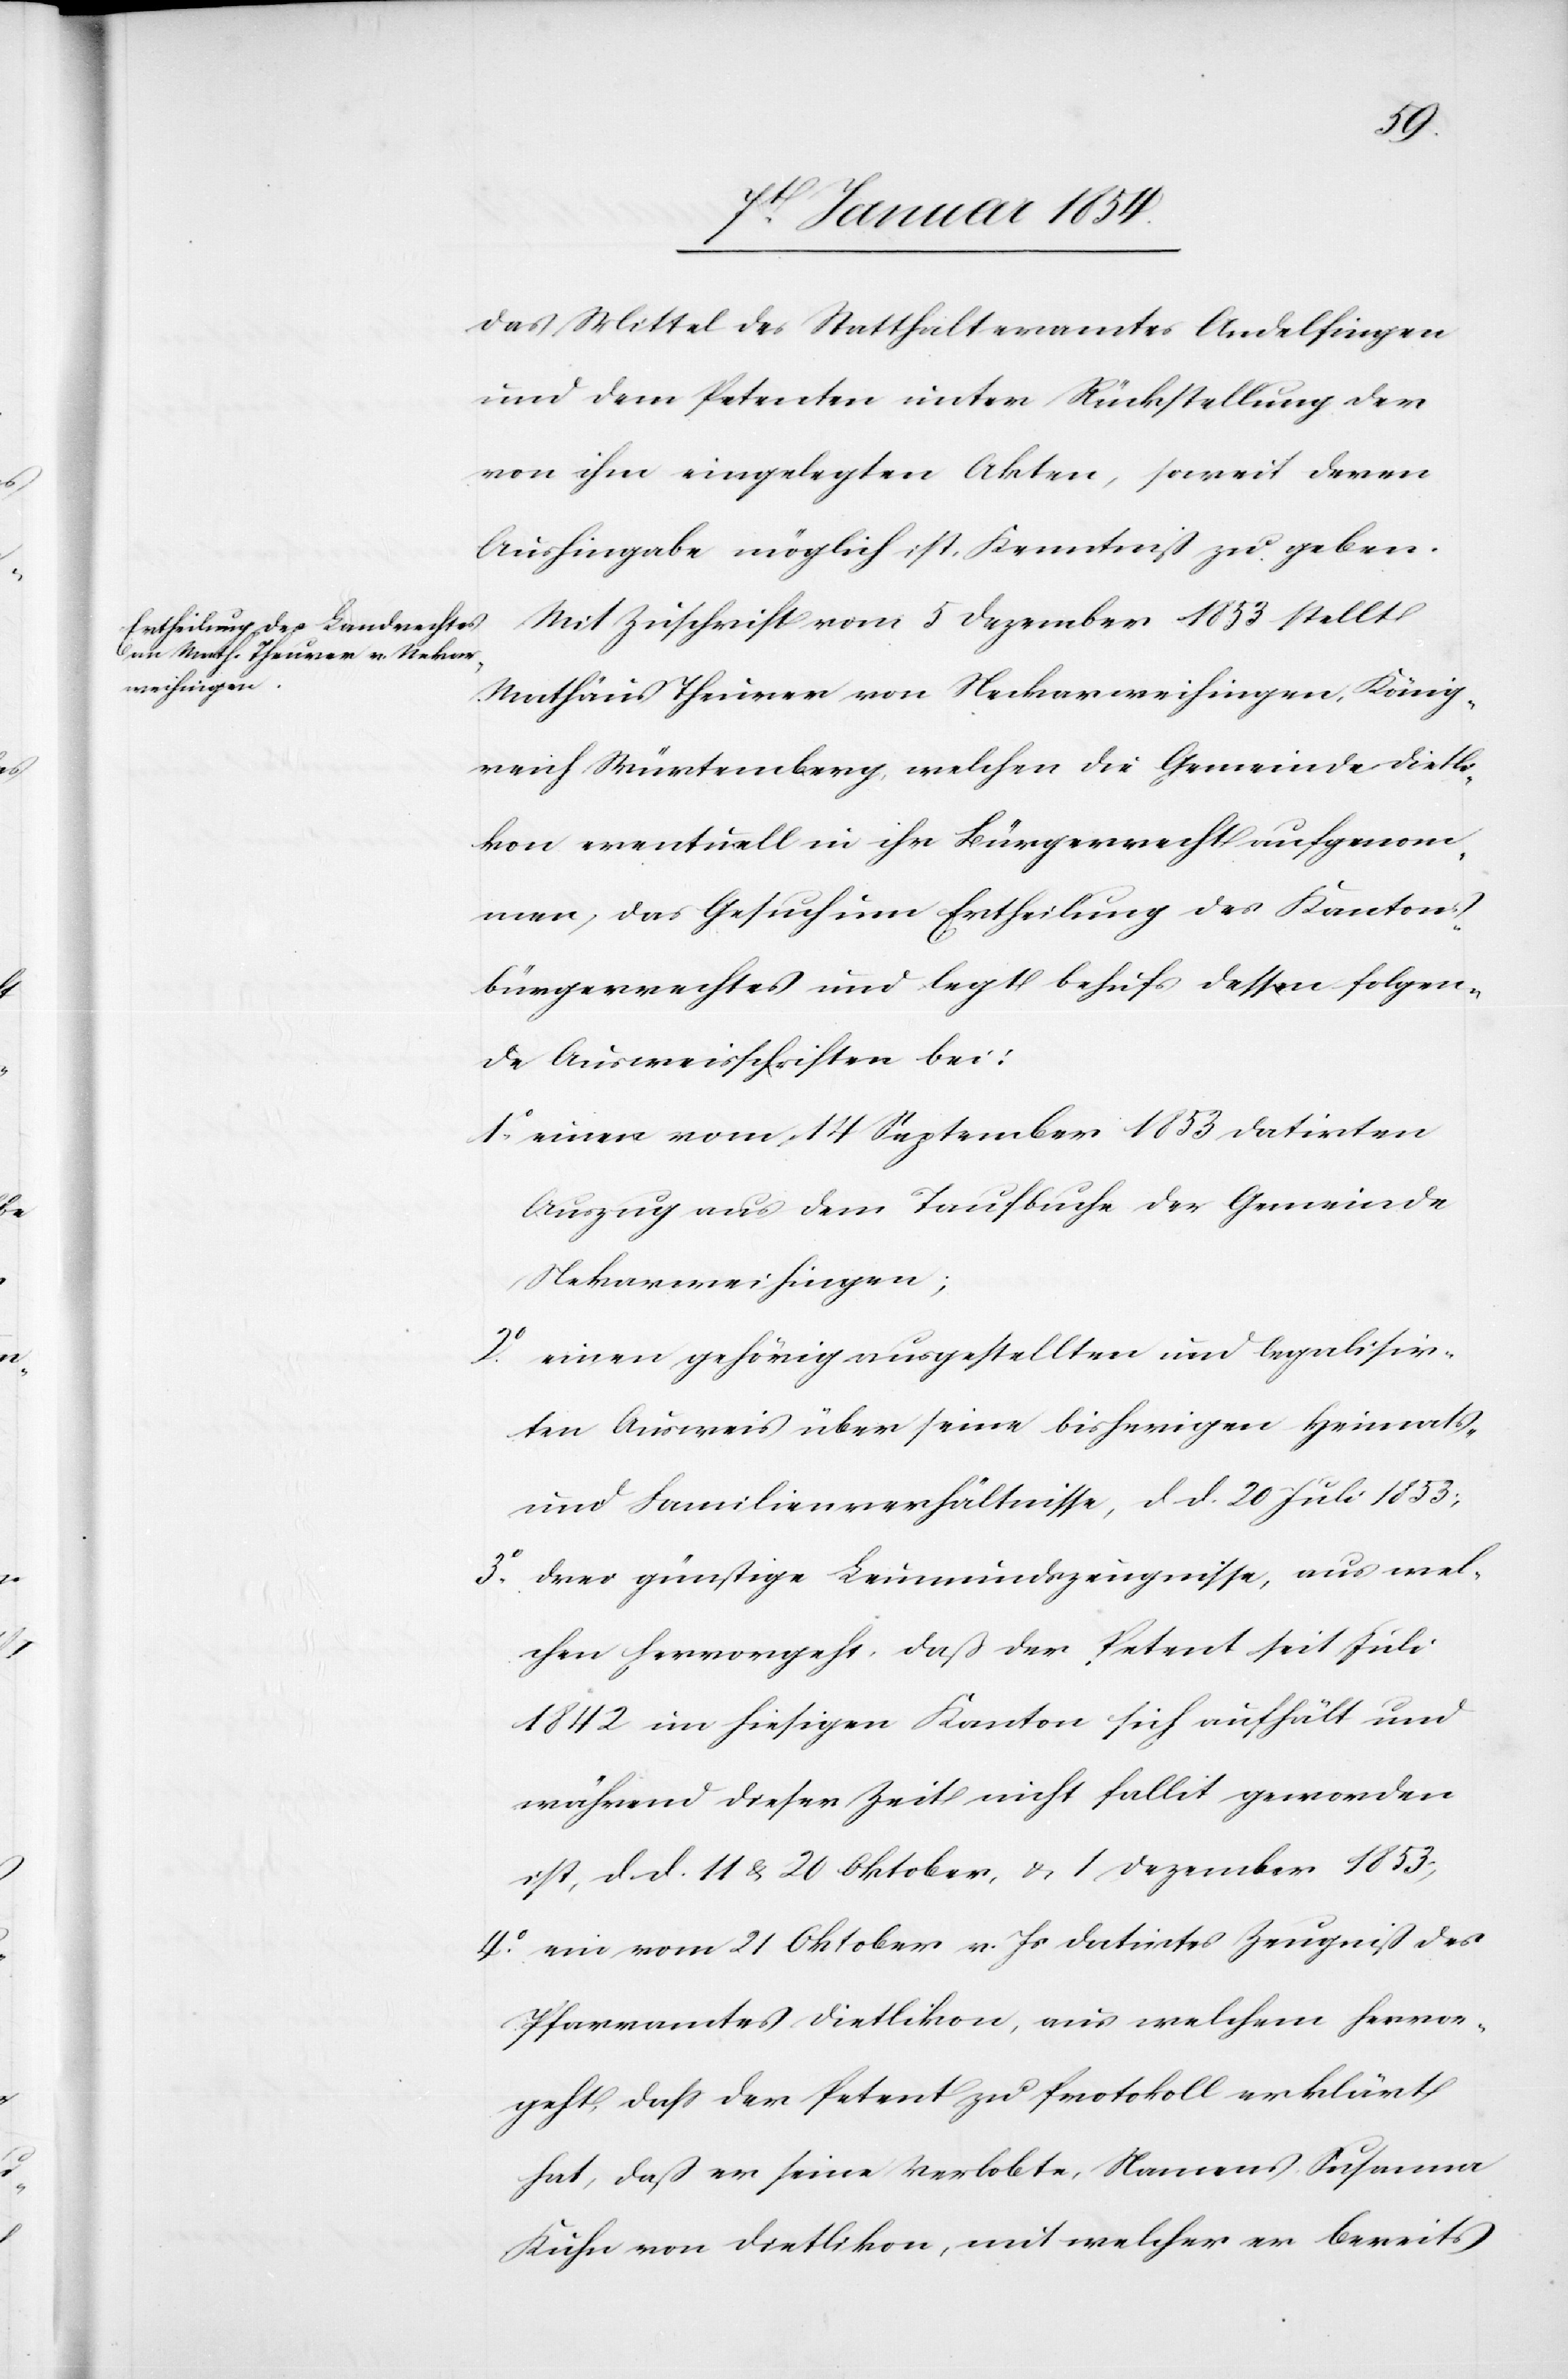
das Mittel des Statthalteramtes Andelfingen
und dem Petenten unter Rückstellung der
von ihm eingelegten Akten, soweit deren
Aushingabe möglich ist, Kenntniß zu geben.
Mit Zuschrift vom 5 Dezember 1853 stellt
Mathäus Theurer von Neckarweihingen [sic!], König¬
reich Würtemberg, welchen die Gemeinde Dietli¬
kon eventuell in ihr Bürgerrecht aufgenom¬
men, das Gesuch um Ertheilung des Kantons¬
bürgerrechtes und legt behufs dessen folgen¬
de Ausweisschriften bei:
1.o einen vom 14 September 1853 datirten
Auszug aus dem Taufbuche der Gemeinde
Nekarweihingen;
einen gehörig ausgestellten und legalisir¬
ten Ausweis über seine bisherigen Heimats-
und Familienverhältnisse, d. d. 20 Juli 1853;
3.o drei günstige Leumundszeugnisse, aus wel¬
chen hervorgeht, daß der Petent seit Juli
1842 im hiesigen Kanton sich aufhält und
während dieser Zeit nicht fallit geworden
ist, d. d. 11 u. 20 Oktober, u. 1 Dezember 1853;
4.o ein vom 21 Oktober v. Js. datirtes Zeugniß des
Pfarramtes Dietlikon, aus welchem hervor¬
geht, daß der Petent zu Protokoll erklärt
hat, daß er seine Verlobte, Namens Susanna
Kuhn von Dietlikon, mit welcher er bereits